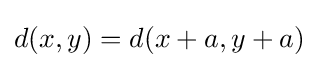
d(x,y)=d(x+a,y+a)